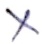
Text: X